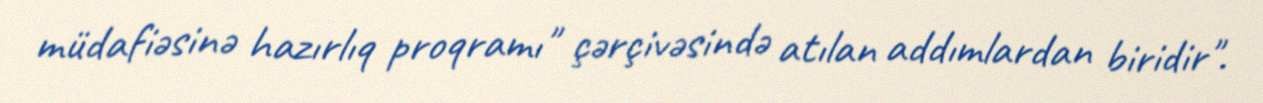
müdafiəsinə hazırlıq proqramı" çərçivəsində atılan addımlardan biridir".